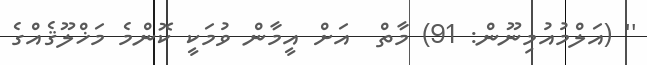
'' (އަލްމުއުމިނޫން: 91) މާތް  އަށް އީމާން ވުމަކީ ކޮންމެ މަޚްލޫޤެއްގެ